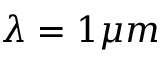
\lambda = 1 \mu m